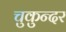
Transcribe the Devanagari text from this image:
चुकुन्दर